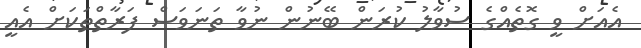
އެއަށް ވީ ގޮތެއްގެ ސުވާލު ކުރަން ބޭނުން ނުވާ ތަނަވަސް ފަރާތްތަކަށް އެއީ